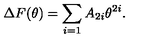
\Delta F ( \theta ) = \sum _ { i = 1 } A _ { 2 i } \theta ^ { 2 i } .